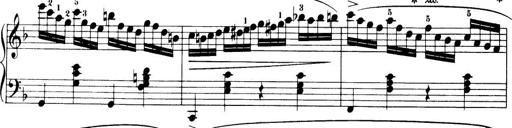
Title: 32 Sonatinas and Rondos for the Piano
Composer: Richard Kleinmichel